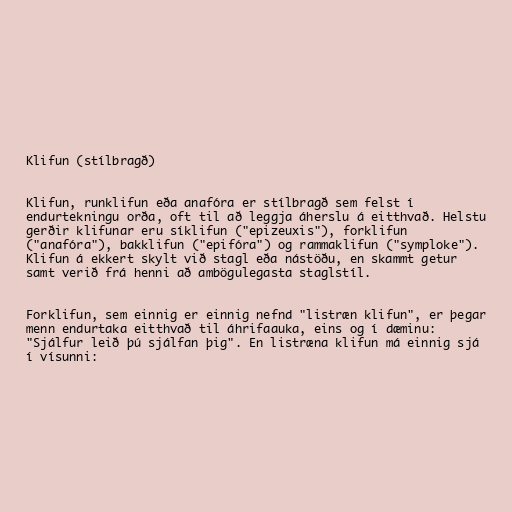
Klifun (stílbragð)

Klifun, runklifun eða anafóra er stílbragð sem felst í
endurtekningu orða, oft til að leggja áherslu á eitthvað. Helstu
gerðir klifunar eru síklifun ("epizeuxis"), forklifun
("anafóra"), bakklifun ("epifóra") og rammaklifun ("symploke").
Klifun á ekkert skylt við stagl eða nástöðu, en skammt getur
samt verið frá henni að ambögulegasta staglstíl.

Forklifun, sem einnig er einnig nefnd "listræn klifun", er þegar
menn endurtaka eitthvað til áhrifaauka, eins og í dæminu:
"Sjálfur leið þú sjálfan þig". En listræna klifun má einnig sjá
í vísunni: